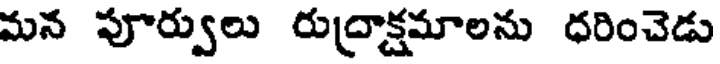
మన పూర్వులు రుద్రాక్షమాలను ధరించెడు